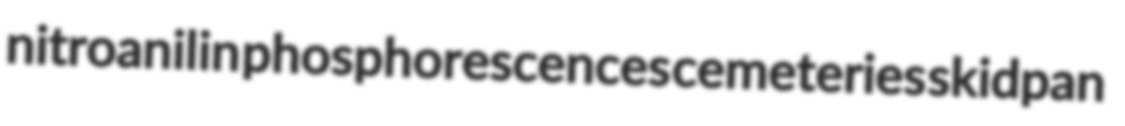
nitroanilin phosphorescences cemeteries skidpan